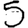
Digit: 5